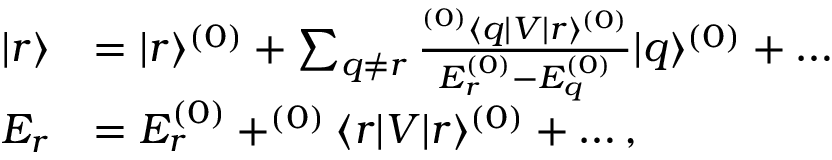
\begin{array} { r l } { | r \rangle } & { = | r \rangle ^ { ( 0 ) } + \sum _ { q \ne r } \frac { ^ { ( 0 ) } \langle q | V | r \rangle ^ { ( 0 ) } } { E _ { r } ^ { ( 0 ) } - E _ { q } ^ { ( 0 ) } } | q \rangle ^ { ( 0 ) } + \dots } \\ { E _ { r } } & { = E _ { r } ^ { ( 0 ) } + ^ { ( 0 ) } \langle r | V | r \rangle ^ { ( 0 ) } + \dots , } \end{array}